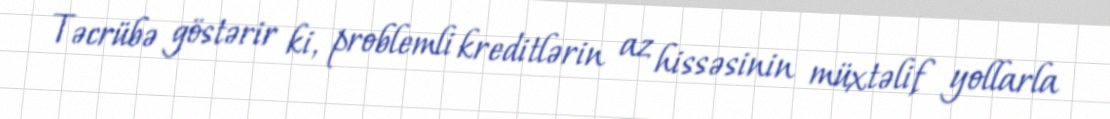
Təcrübə göstərir ki, problemli kreditlərin az hissəsinin müxtəlif yollarla